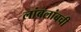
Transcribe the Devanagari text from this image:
लांबलांबची